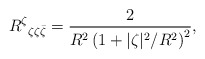
\begin{align*}R^\zeta{}_{\zeta\zeta \bar\zeta} = \frac{2}{R^2 \left(1 + {|\zeta|^2}/{R^2}\right)^2},\end{align*}